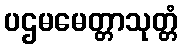
ပဌမမေတ္တာသုတ္တံ